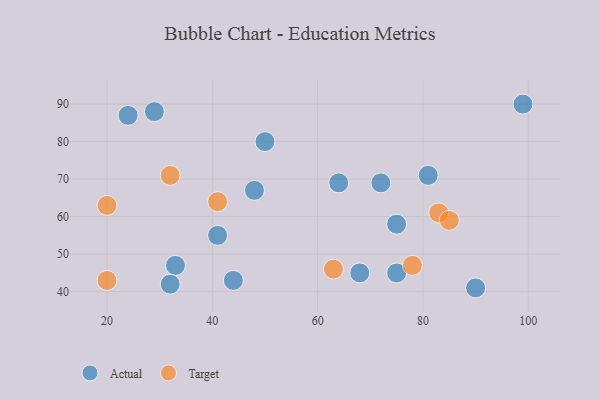
{"axis": {"x": "GDP", "y": "Life Expectancy"}, "legend": ["Actual", "Target"], "data": [{"x": "75", "y": 58, "type": "Actual"}, {"x": "44", "y": 43, "type": "Actual"}, {"x": "90", "y": 41, "type": "Actual"}, {"x": "81", "y": 71, "type": "Actual"}, {"x": "24", "y": 87, "type": "Actual"}, {"x": "50", "y": 80, "type": "Actual"}, {"x": "68", "y": 45, "type": "Actual"}, {"x": "41", "y": 55, "type": "Actual"}, {"x": "48", "y": 67, "type": "Actual"}, {"x": "64", "y": 69, "type": "Actual"}, {"x": "33", "y": 47, "type": "Actual"}, {"x": "29", "y": 88, "type": "Actual"}, {"x": "75", "y": 45, "type": "Actual"}, {"x": "72", "y": 69, "type": "Actual"}, {"x": "32", "y": 42, "type": "Actual"}, {"x": "99", "y": 90, "type": "Actual"}, {"x": "20", "y": 43, "type": "Target"}, {"x": "83", "y": 61, "type": "Target"}, {"x": "41", "y": 64, "type": "Target"}, {"x": "78", "y": 47, "type": "Target"}, {"x": "32", "y": 71, "type": "Target"}, {"x": "63", "y": 46, "type": "Target"}, {"x": "85", "y": 59, "type": "Target"}, {"x": "20", "y": 63, "type": "Target"}]}